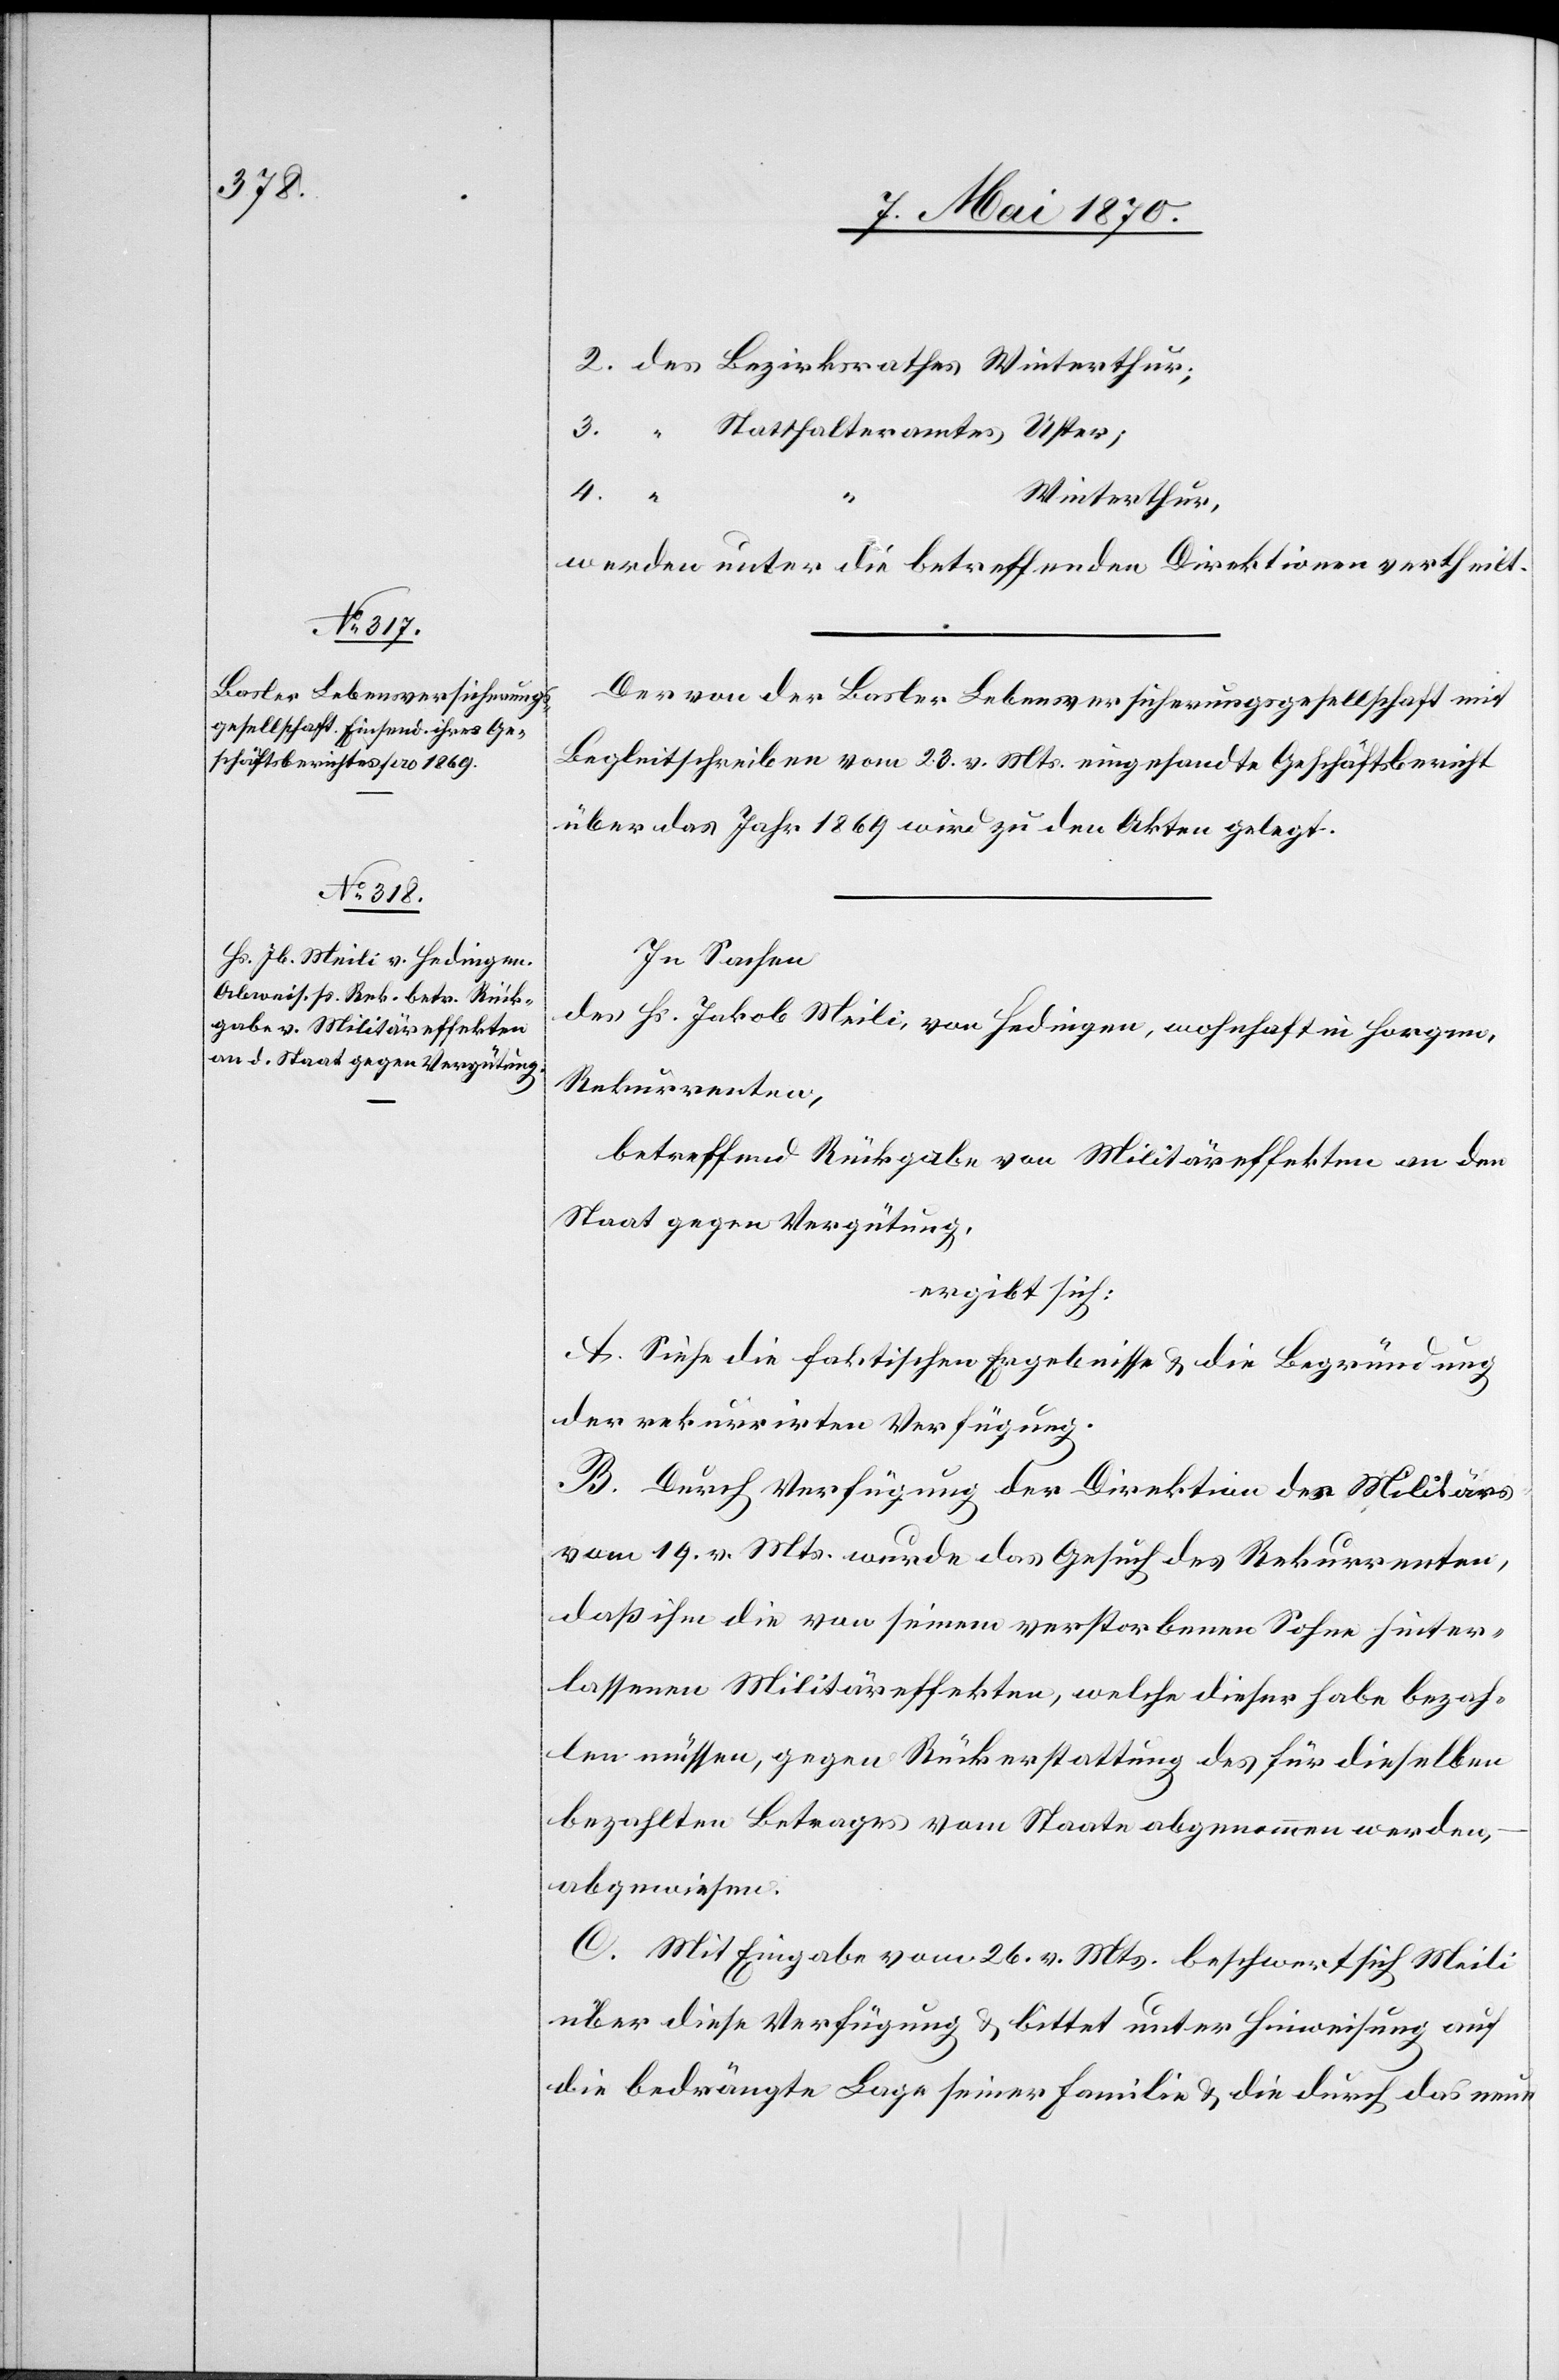
2. des Bezirksrathes Winterthur;
3. “ Statthalteramtes Uster;
4. “
Winterthur,
werden unter die betreffenden Direktionen vertheilt.
Der von der Basler Lebensversicherungsgesellschaft mit
Begleitschreiben vom 23. v. Mts. eingesandte Geschäftsbericht
über das Jahr 1869 wird zu den Akten gelegt.
In Sachen
des Hs. Jakob Meili, von Hedingen, wohnhaft in Horgen,
Rekurrenten,
betreffend Rückgabe von Militäreffekten an den
Staat gegen Vergütung,
ergibt sich:
A. Siehe die faktischen Ergebnisse & die Begründung
der rekurrirten Verfügung.
B. Durch Verfügung der Direktion des Militärs
vom 19. v. Mts. wurde das Gesuch des Rekurrenten,
daß ihm die von seinem verstorbenen Sohne hinter¬
lassene Militäreffekten, welche dieser habe bezah¬
len müssen, gegen Rückerstattung des für dieselben
bezahlten Betrages vom Staate abgenommen werden,
abgewiesen.
C. Mit Eingabe vom 26. v. Mts. beschwert sich Meili
über diese Verfügung & bittet unter Hinweisung auf
die bedrängte Lage seiner Familie & die durch das neue